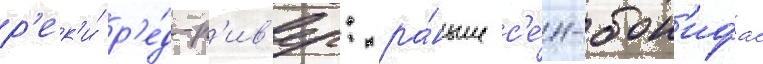
р'ек'и́ р'е́д-р'ив'ер: ра́ньше с'е́н-бон'ифас